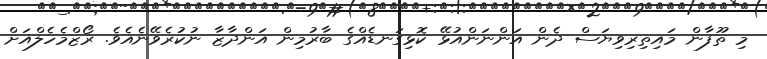
މި ތޫފާން މައިތިރިވިޔަސް ދެން އަންނަންއުޅޭ ކޮޅިގަނޑެއްގެ ބާރުމިން އަންދާޒާ ނުކުރެވޭނެއެވެ. ރޯޒްމެހެލްއަށް